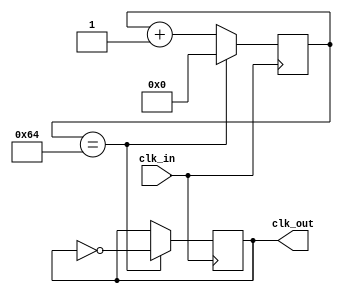
/*
clk_in - auto clock
clk_out - divided clock
*/

module Frequency_divider
#(
	parameter DATA_WIDTH = 32,
	parameter DIV_FACTOR = 100
)
(
	input clk_in,
	output reg clk_out
);

	reg[(DATA_WIDTH-1):0] clk_val;

	always @ ( posedge clk_in )
	begin
		clk_val <= clk_val + 1'b1;
		if( clk_val == DIV_FACTOR )
		begin
			clk_val <= 0;
			clk_out <= ~clk_out;
		end	
	end
	
endmodule